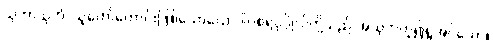
သုဘာသုဘံ၊ သူတော်ကောင်းဖြစ်သောယောဂါဝစရပုဂ္ဂိုလ်တို့သည် အသုဘဟူ၍ရှုအပ်သော။